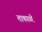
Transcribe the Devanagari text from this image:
ताकाळी